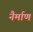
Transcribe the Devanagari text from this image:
नैर्माण